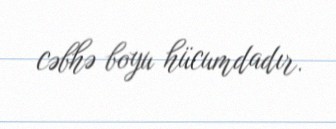
cəbhə boyu hücumdadır.